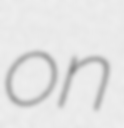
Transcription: on